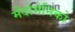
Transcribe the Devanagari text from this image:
मेंदोमेनिको